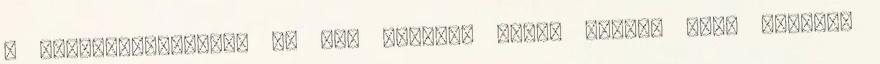
a legnépszerűbbek. Mi egy elegáns sárga színű, autó mintájú